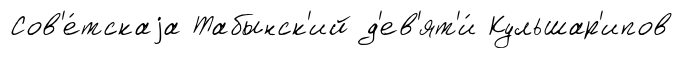
Сов'е́тскаjа Табынск'ий д'ев'ят'и́ Кульшар'ипов